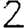
Digit: 2